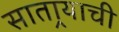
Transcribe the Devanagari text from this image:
सातार्‍याची